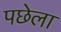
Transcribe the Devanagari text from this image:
पछेला